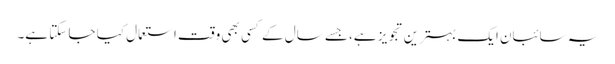
یہ سائبان ایک بہترین تجویز ہے، جسے سال کے کسی بھی وقت استعمال کیا جا سکتا ہے۔